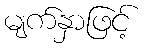
မျက်နှာဖြင့်